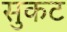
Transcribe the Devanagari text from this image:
सुकट